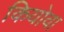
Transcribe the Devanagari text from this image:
कियोवा